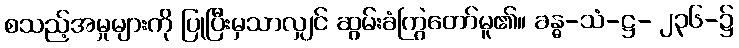
စသည့်အမှုများကို ပြုပြီးမှသာလျှင် ဆွမ်းခံကြွတော်မူ၏။ ခန္ဓ-သံ-ဋ္ဌ- ၂၃၆-၌